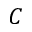
C